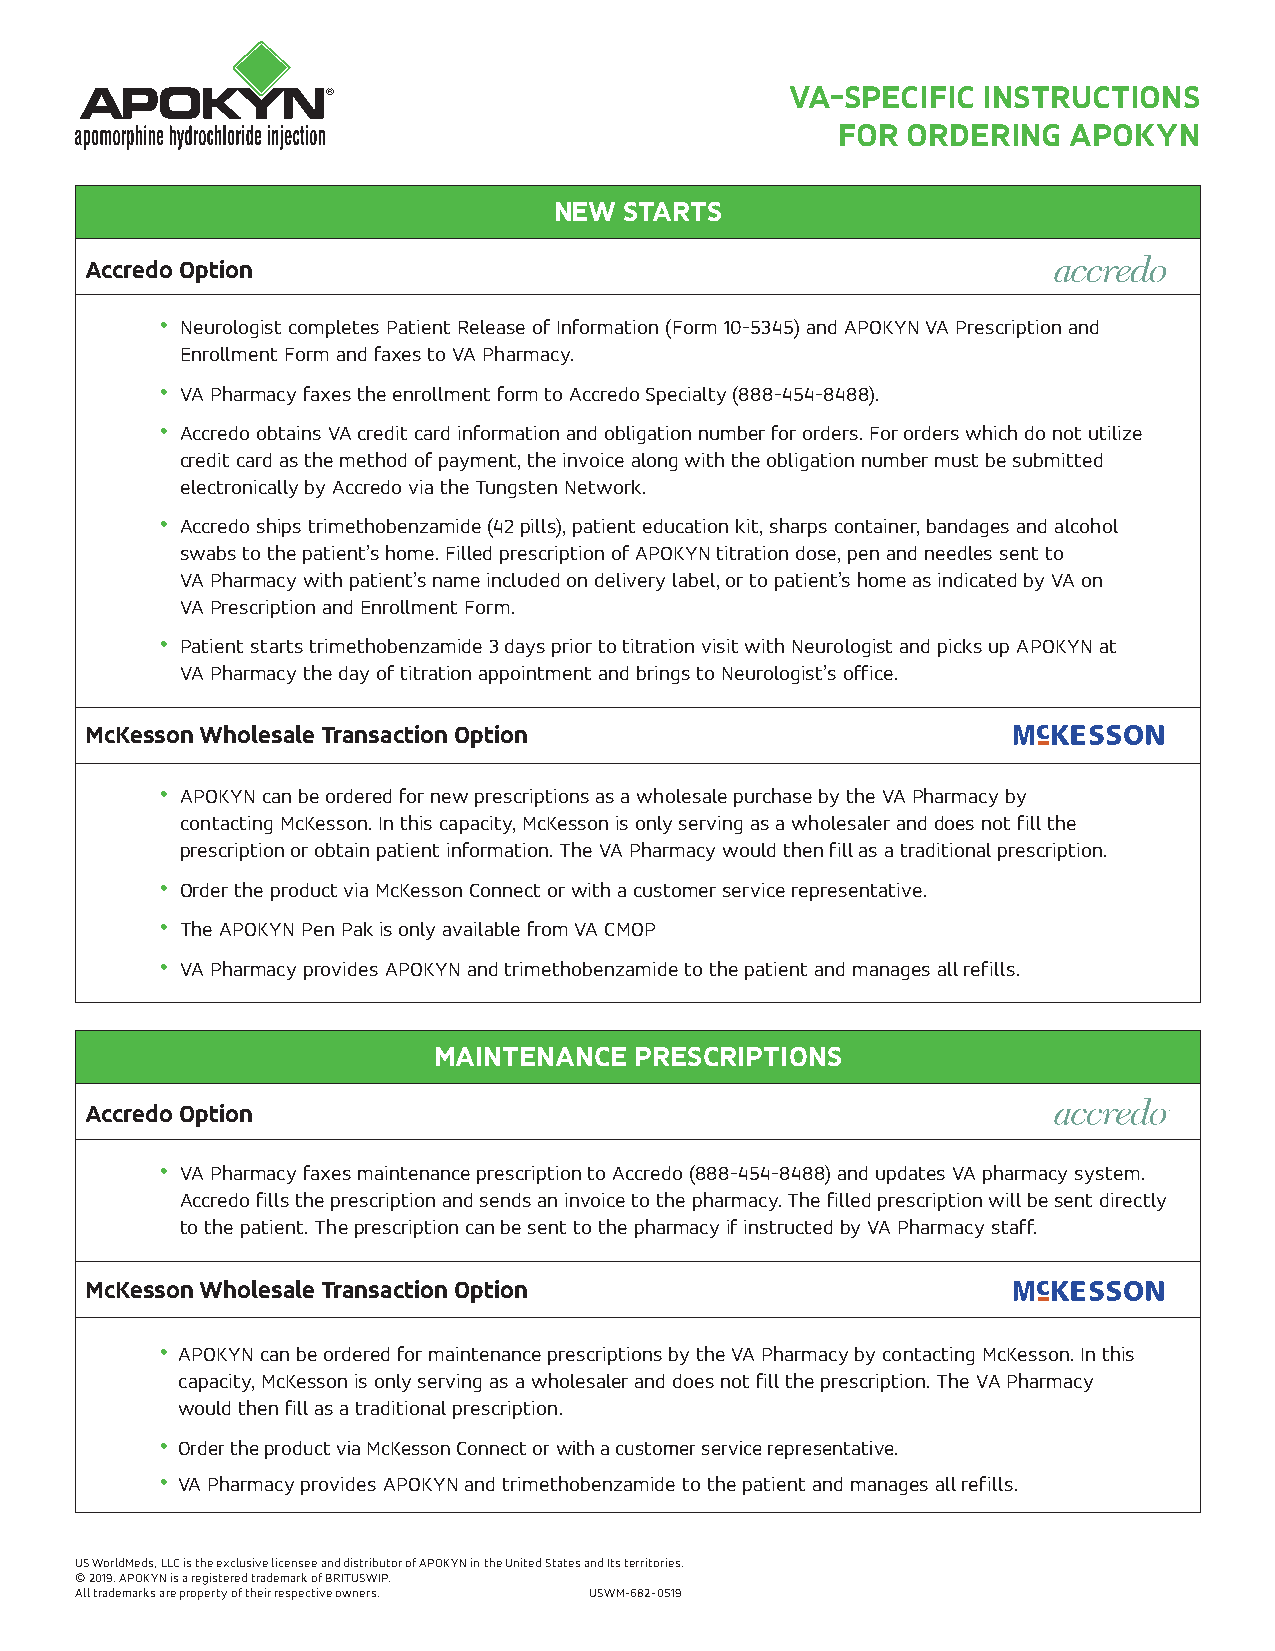
VA-SPECIFIC  INSTRUCTIONS
 FOR ORDERING   APOKYN
 NEW STARTS
 Accredo Option
 •
 Neurologist completes Patient Release of Information (Form 10-5345) and APOKYN VA Prescription and
 Enrollment Form and faxes to VA Pharmacy.
 •
 VA Pharmacy faxes the enrollment form to Accredo Specialty (888-454-8488).
 •
 Accredo obtains VA credit card information and obligation number for orders. For orders which do not utilize
 credit card as the method of payment, the invoice along with the obligation number must be submitted
 electronically by Accredo via the Tungsten Network.
 •
 Accredo ships trimethobenzamide (42 pills), patient education kit, sharps container, bandages and alcohol
 swabs to the patient’s home. Filled prescription of APOKYN titration dose, pen and needles sent to
 VA Pharmacy with patient’s name included on delivery label, or to patient’s home as indicated by VA on
 VA Prescription and Enrollment Form.
 •
 Patient starts trimethobenzamide 3 days prior to titration visit with Neurologist and picks up APOKYN at
 VA Pharmacy the day of titration appointment and brings to Neurologist’s office.
 McKesson Wholesale Transaction Option
 •
 APOKYN can be ordered for new prescriptions as a wholesale purchase by the VA Pharmacy by
 contacting McKesson. In this capacity, McKesson is only serving as a wholesaler and does not fill the
 prescription or obtain patient information. The VA Pharmacy would then fill as a traditional prescription.
 •
 Order the product via McKesson Connect or with a customer service representative.
 •
 The APOKYN Pen Pak is only available from VA CMOP
 •
 VA Pharmacy provides APOKYN and trimethobenzamide to the patient and manages all refills.
 MAINTENANCE  PRESCRIPTIONS
 Accredo Option
 •
 VA Pharmacy faxes maintenance prescription to Accredo (888-454-8488) and updates VA pharmacy system.
 Accredo fills the prescription and sends an invoice to the pharmacy. The filled prescription will be sent directly
 to the patient. The prescription can be sent to the pharmacy if instructed by VA Pharmacy staff.
 McKesson Wholesale Transaction Option
 •
 APOKYN can be ordered for maintenance prescriptions by the VA Pharmacy by contacting McKesson. In this
 capacity, McKesson is only serving as a wholesaler and does not fill the prescription. The VA Pharmacy
 would then fill as a traditional prescription.
 •
 Order the product via McKesson Connect or with a customer service representative.
 •
 VA Pharmacy provides APOKYN and trimethobenzamide to the patient and manages all refills.
 US WorldMeds, LLC is the exclusive licensee and distributor of APOKYN in the United States and Its territories.
 © 2019. APOKYN is a registered trademark of BRITUSWIP.
 All trademarks are property of their respective owners. USWM-682-0519